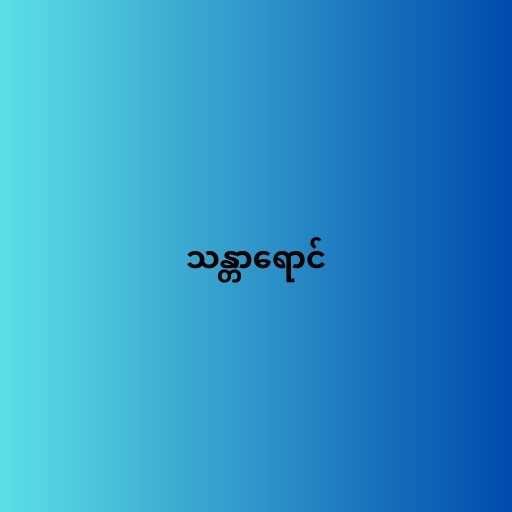
သန္တာရောင်